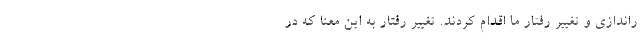
راندازی و تغییر رفتار ما اقدام کردند. تغییر رفتار به این معنا که در